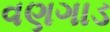
વણગાડ